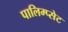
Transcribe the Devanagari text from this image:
पालिम्प्सेट